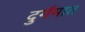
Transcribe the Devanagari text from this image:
दुर्गमात